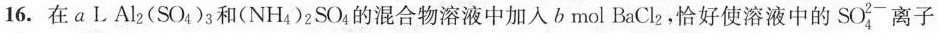
16.在a LAl_{2}(SO_{4})_{3}和(NH_{4})_{2}SO_{4}的混合物溶液中加入b mol BaCl_{2}，恰好使溶液中的SO_{4}^{2-}离子